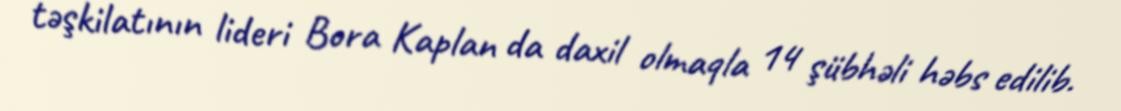
təşkilatının lideri Bora Kaplan da daxil olmaqla 14 şübhəli həbs edilib.